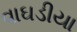
વાઘડીયા